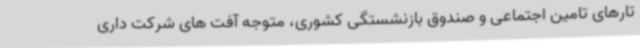
تارهای تامین اجتماعی و صندوق بازنشستگی کشوری، متوجه آفت های شرکت داری